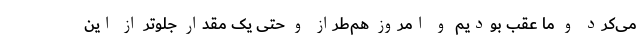
می‌کرد و ما عقب بودیم و امروز هم‌طراز و حتی یک مقدار جلوتر از این